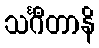
သင်္ဂီတာနိ